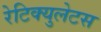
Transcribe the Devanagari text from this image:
रेटिक्युलेटस